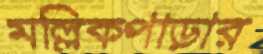
মল্লিকপাড়ার